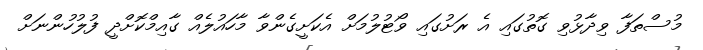
މުސްތަފާ ވިދާޅުވި ގޮތުގައި އެ ރަށުގައި ވޯޓުލުމަށް އެކަށީގެންވާ މާހައުލެއް ގާއިމްކޮށްދީ ފުލުހުންނަށް